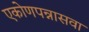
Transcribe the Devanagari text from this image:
एकोणपन्नासवा